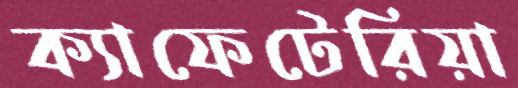
ক্যাফেটেরিয়া